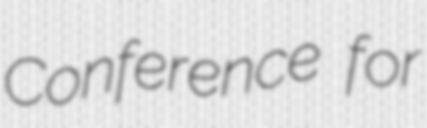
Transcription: Conference for